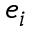
e _ { i }